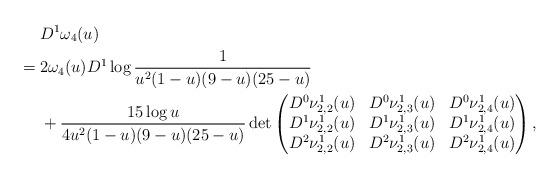
LaTeX: \begin{align*}&D^{1}\omega_4(u)\\={}&2\omega_4 (u)D^1\log\frac{1}{u^2 (1-u)(9-u) ( 25-u)}\\{}&+\frac{15\log u}{4u^2 (1-u)(9-u) ( 25-u)}\det\begin{pmatrix}D^0\nu^1_{2,2}(u) & D^0\nu^1_{2,3}(u) & D^0\nu^1_{2,4}(u) \\D^1\nu^1_{2,2}(u) & D^1\nu^1_{2,3}(u) & D^1\nu^1_{2,4}(u) \\D^2\nu^1_{2,2}(u) & D^2\nu^1_{2,3}(u) & D^2\nu^1_{2,4}(u) \\\end{pmatrix},\end{align*}